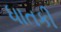
ધાતકી